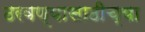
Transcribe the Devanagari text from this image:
ठरवण्यासाठीच्या